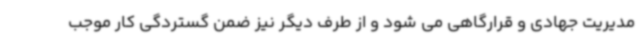
مدیریت جهادی و قرارگاهی می شود و از طرف دیگر نیز ضمن گستردگی کار موجب